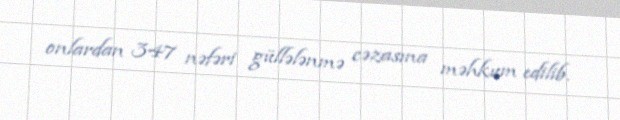
onlardan 347 nəfəri güllələnmə cəzasına məhkum edilib.